Vaccination in the Punjab 1883-1896 - 1883-1896
Year: 1883
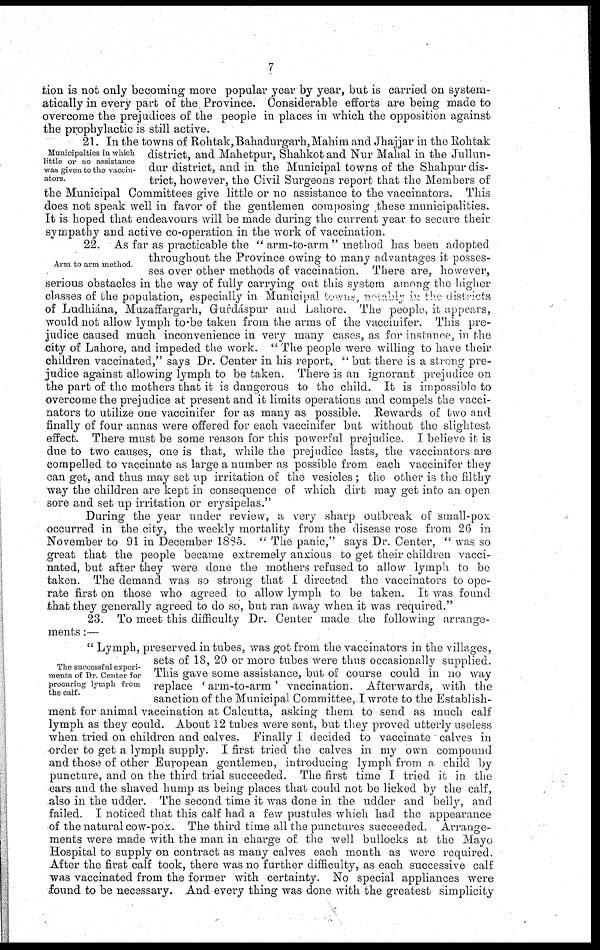
7
tion is not only becoming more popular year by year, but is carried on system-
atically in every part of the Province. Considerable efforts are being made to
overcome the prejudices of the people in places in which the opposition against
the prophylactic is still active.
Municipalties in which
little or no assistance
was given to the vaccin¬
ators.
21. In the towns of Rohtak, Bahadurgarh,Mahim and Jhajjar in the Rohtak
district, and Mahetpur, Shahkot and Nur Mahal in the Jullun¬
dur district, and in the Municipal towns of the Shahpur dis-
trict, however, the Civil Surgeons report that the Members of
the Municipal Committees give little or no assistance to the vaccinators. This
does not speak well in favor of the gentlemen composing these municipalities.
It is hoped that endeavours will be made during the current year to secure their
sympathy and active co-operation in the work of vaccination.
Arm to arm method.
22. As far as practicable the "arm-to-arm" method has been adopted
throughout the Province owing to many advantages it posses-
ses over other methods of vaccination. There are, however,
serious obstacles in the way of fully carrying out this system among the higher
classes of the population, especially in Municipal towns, notably in the districts
of Ludhiána, Muzaffargarh, Gurdáspur and Lahore. The people, it appears,
would not allow lymph to-be taken from the arms of the vaccinifer. This pre-
judice caused much inconvenience in very many cases, as for instance, in the
city of Lahore, and impeded the work. "The people were willing to have their
children vaccinated," says Dr. Center in his report, "but there is a strong pre-
judice against allowing lymph to be taken. There is an ignorant prejudice on
the part of the mothers that it is dangerous to the child. It is impossible to
overcome the prejudice at present and it limits operations and compels the vacci-
nators to utilize one vaccinifer for as many as possible. Rewards of two and
finally of four annas were offered for each vaccinifer but without the slightest
effect. There must be some reason for this powerful prejudice. I believe it is
due to two causes, one is that, while the prejudice lasts, the vaccinators are
compelled to vaccinate as large a number as possible from each vaccinifer they
can get, and thus may set up irritation of the vesicles ; the other is the filthy
way the children are kept in consequence of which dirt may get into an open
sore and set up irritation or erysipelas."
During the year under review, a very sharp outbreak of small-pox
occurred in the city, the weekly mortality from the disease rose from 26 in
November to 91 in December 1885. ''The panic," says Dr. Center, "was so
great that the people became extremely anxious to get their children vacci-
nated, but after they were done the mothers refused to allow lymph to be
taken. The demand was so strong that I directed the vaccinators to ope-
rate first on those who agreed to allow lymph to be taken. It was found
that they generally agreed to do so, but ran away when it was required."
23. To meet this difficulty Dr. Center made the following arrange-
ments :—
The successful experi-
ments of Dr. Center for
procuring lymph from
the calf.
"Lymph, preserved in tubes, was got from the vaccinators in the villages,
sets of 18, 20 or more tubes were thus occasionally supplied.
This gave some assistance, but of course could in no way
replace 'arm-to-arm' vaccination. Afterwards, with the
sanction of the Municipal Committee, I wrote to the Establish-
ment for animal vaccination at Calcutta, asking them to send as much calf
lymph as they could. About 12 tubes were sent, but they proved utterly useless
when tried on children and calves. Finally I decided to vaccinate calves in
order to get a lymph supply. I first tried the calves in my own compound
and those of other European gentlemen, introducing lymph from a child by
puncture, and on the third trial succeeded. The first time I tried it in the
ears and the shaved hump as being places that could not be licked by the calf,
also in the udder. The second time it was done in the udder and belly, and
failed. I noticed that this calf had a few pustules which had the appearance
of the natural cow-pox. The third time all the punctures succeeded. Arrange-
ments were made with the man in charge of the well bullocks at the Mayo
Hospital to supply on contract as many calves each month as were required.
After the first calf took, there was no further difficulty, as each successive calf
was vaccinated from the former with certainty. No special appliances were
found to be necessary. And every thing was done with the greatest simplicity